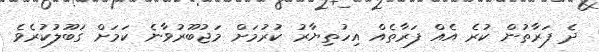
ދެ ފަރާތުން ކުރެ އެއް ފަރާތެއް އިހުތިޔާރު ކުރުމަށް މަޖުބޫރުވާނެ ކަމަށް ގަބޫލުކުރެވެ